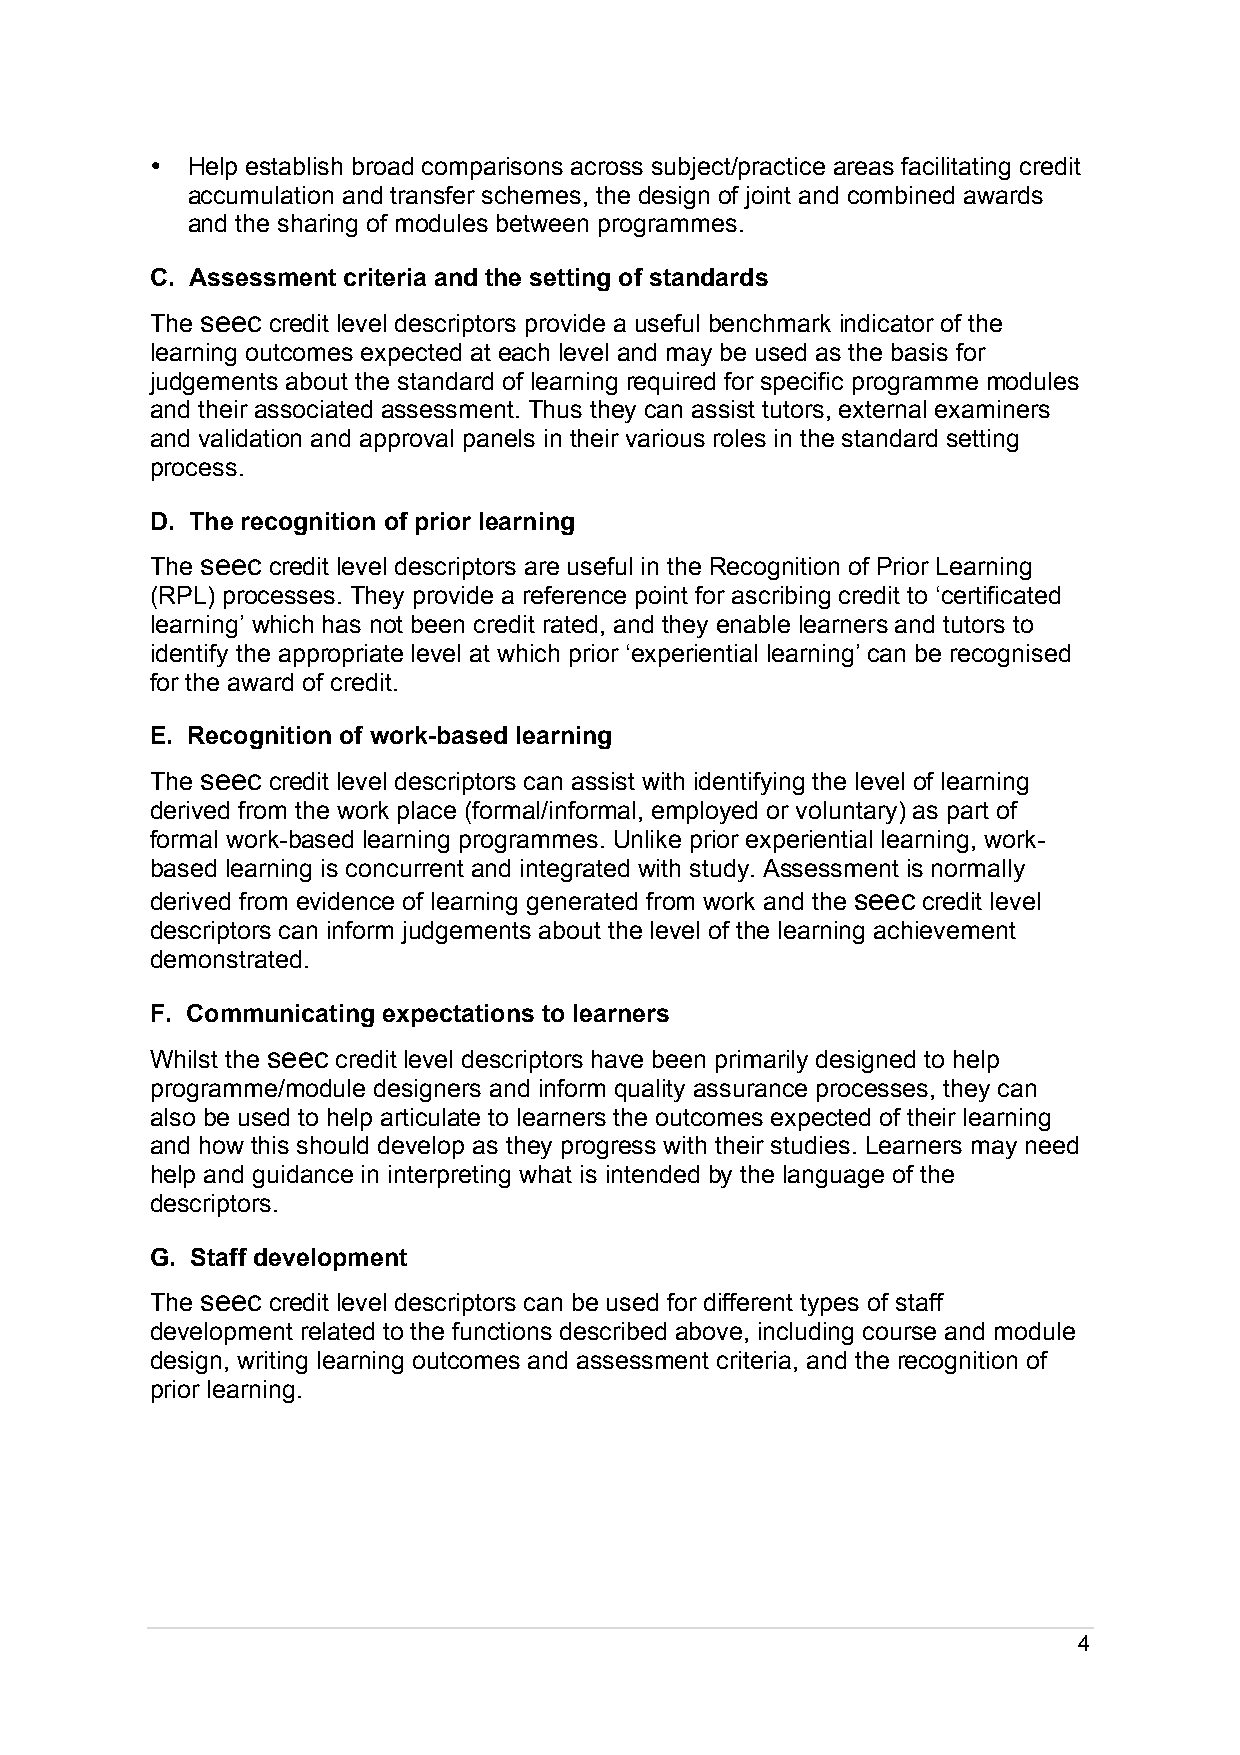
• Help establish broad comparisons across subject/practice areas facilitating credit
 accumulation and transfer schemes, the design of joint and combined awards
 and the sharing of modules between programmes.
 C. Assessment criteria and the setting of standards
 The seec credit level descriptors provide a useful benchmark indicator of the
 learning outcomes expected at each level and may be used as the basis for
 judgements about the standard of learning required for specific programme modules
 and their associated assessment. Thus they can assist tutors, external examiners
 and validation and approval panels in their various roles in the standard setting
 process.
 D. The recognition of prior learning
 The seec credit level descriptors are useful in the Recognition of Prior Learning
 (RPL) processes. They provide a reference point for ascribing credit to ‘certificated
 learning’ which has not been credit rated, and they enable learners and tutors to
 identify the appropriate level at which prior ‘experiential learning’ can be recognised
 for the award of credit.
 E. Recognition of work-based learning
 The seec credit level descriptors can assist with identifying the level of learning
 derived from the work place (formal/informal, employed or voluntary) as part of
 formal work-based learning programmes. Unlike prior experiential learning, work-
 based learning is concurrent and integrated with study. Assessment is normally
 derived from evidence of learning generated from work and the seec credit level
 descriptors can inform judgements about the level of the learning achievement
 demonstrated.
 F. Communicating expectations to learners
 Whilst the seec credit level descriptors have been primarily designed to help
 programme/module designers and inform quality assurance processes, they can
 also be used to help articulate to learners the outcomes expected of their learning
 and how this should develop as they progress with their studies. Learners may need
 help and guidance in interpreting what is intended by the language of the
 descriptors.
 G. Staff development
 The seec credit level descriptors can be used for different types of staff
 development related to the functions described above, including course and module
 design, writing learning outcomes and assessment criteria, and the recognition of
 prior learning.
 4